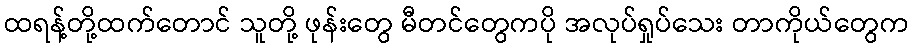
ထရန့်တို့ထက်တောင် သူတို့ ဖုန်းတွေ မီတင်တွေကပို အလုပ်ရှုပ်သေး တာကိုယ်တွေက